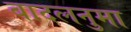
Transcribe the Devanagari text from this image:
बादलनुमा